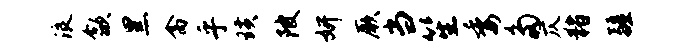
浪歙黑禽乎璜陂妍厥当笙委多仄猪疆